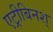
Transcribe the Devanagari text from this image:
एट्रीबिनश्